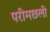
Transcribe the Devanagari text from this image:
परीमछली